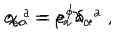
e _ { \alpha } ^ { \; \; a } = e ^ { \phi } \delta _ { \alpha } ^ { \; \; a } \; , \hspace { 1 c m } \chi _ { \alpha } = \rho _ { a } \lambda \; .